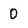
Character: 0